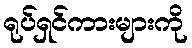
ရုပ်ရှင်ကားများကို